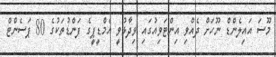
މޫސަ އައިލެންޑް ނޫހަށް ދެއްވި އިންޓަވިއުގައި ވިދާޅުވީ އެމްޑީޕީގެ ފަންޑުތަކުގެ 80 ޕަސެންޓް